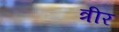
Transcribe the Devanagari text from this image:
त्रीर